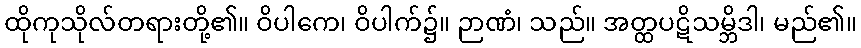
ထိုကုသိုလ်တရားတို့၏။ ဝိပါကေ၊ ဝိပါက်၌။ ဉာဏံ၊ သည်။ အတ္ထပဋိသမ္ဘိဒါ၊ မည်၏။